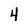
Character: 4